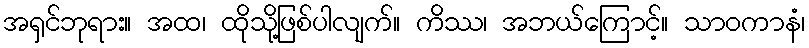
အရှင်ဘုရား။ အထ၊ ထိုသို့ဖြစ်ပါလျက်။ ကိဿ၊ အဘယ်ကြောင့်။ သာဝကာနံ၊